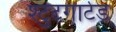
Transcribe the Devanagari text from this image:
श्टुटगार्टड